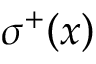
\sigma ^ { + } \mathopen { } \mathclose \bgroup \left( x \aftergroup \egroup \right)